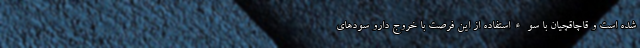
شده است و قاچاقچیان با سوءاستفاده از این فرصت با خروج دارو سودهای